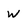
Character: W